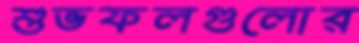
শুভফলগুলোর